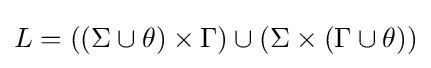
L=((\Sigma \cup {\theta })\times \Gamma )\cup (\Sigma \times (\Gamma \cup {\theta }))